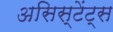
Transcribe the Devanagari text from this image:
असिस्टेंट्स